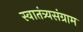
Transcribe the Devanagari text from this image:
स्वातंत्र्यसंग्राम